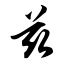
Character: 兹